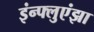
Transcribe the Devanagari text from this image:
इंन्फ्लुएंझा